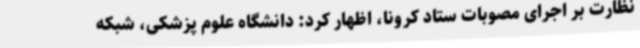
نظارت بر اجرای مصوبات ستاد کرونا، اظهار کرد: دانشگاه علوم پزشکی، شبکه